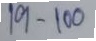
19 - 100